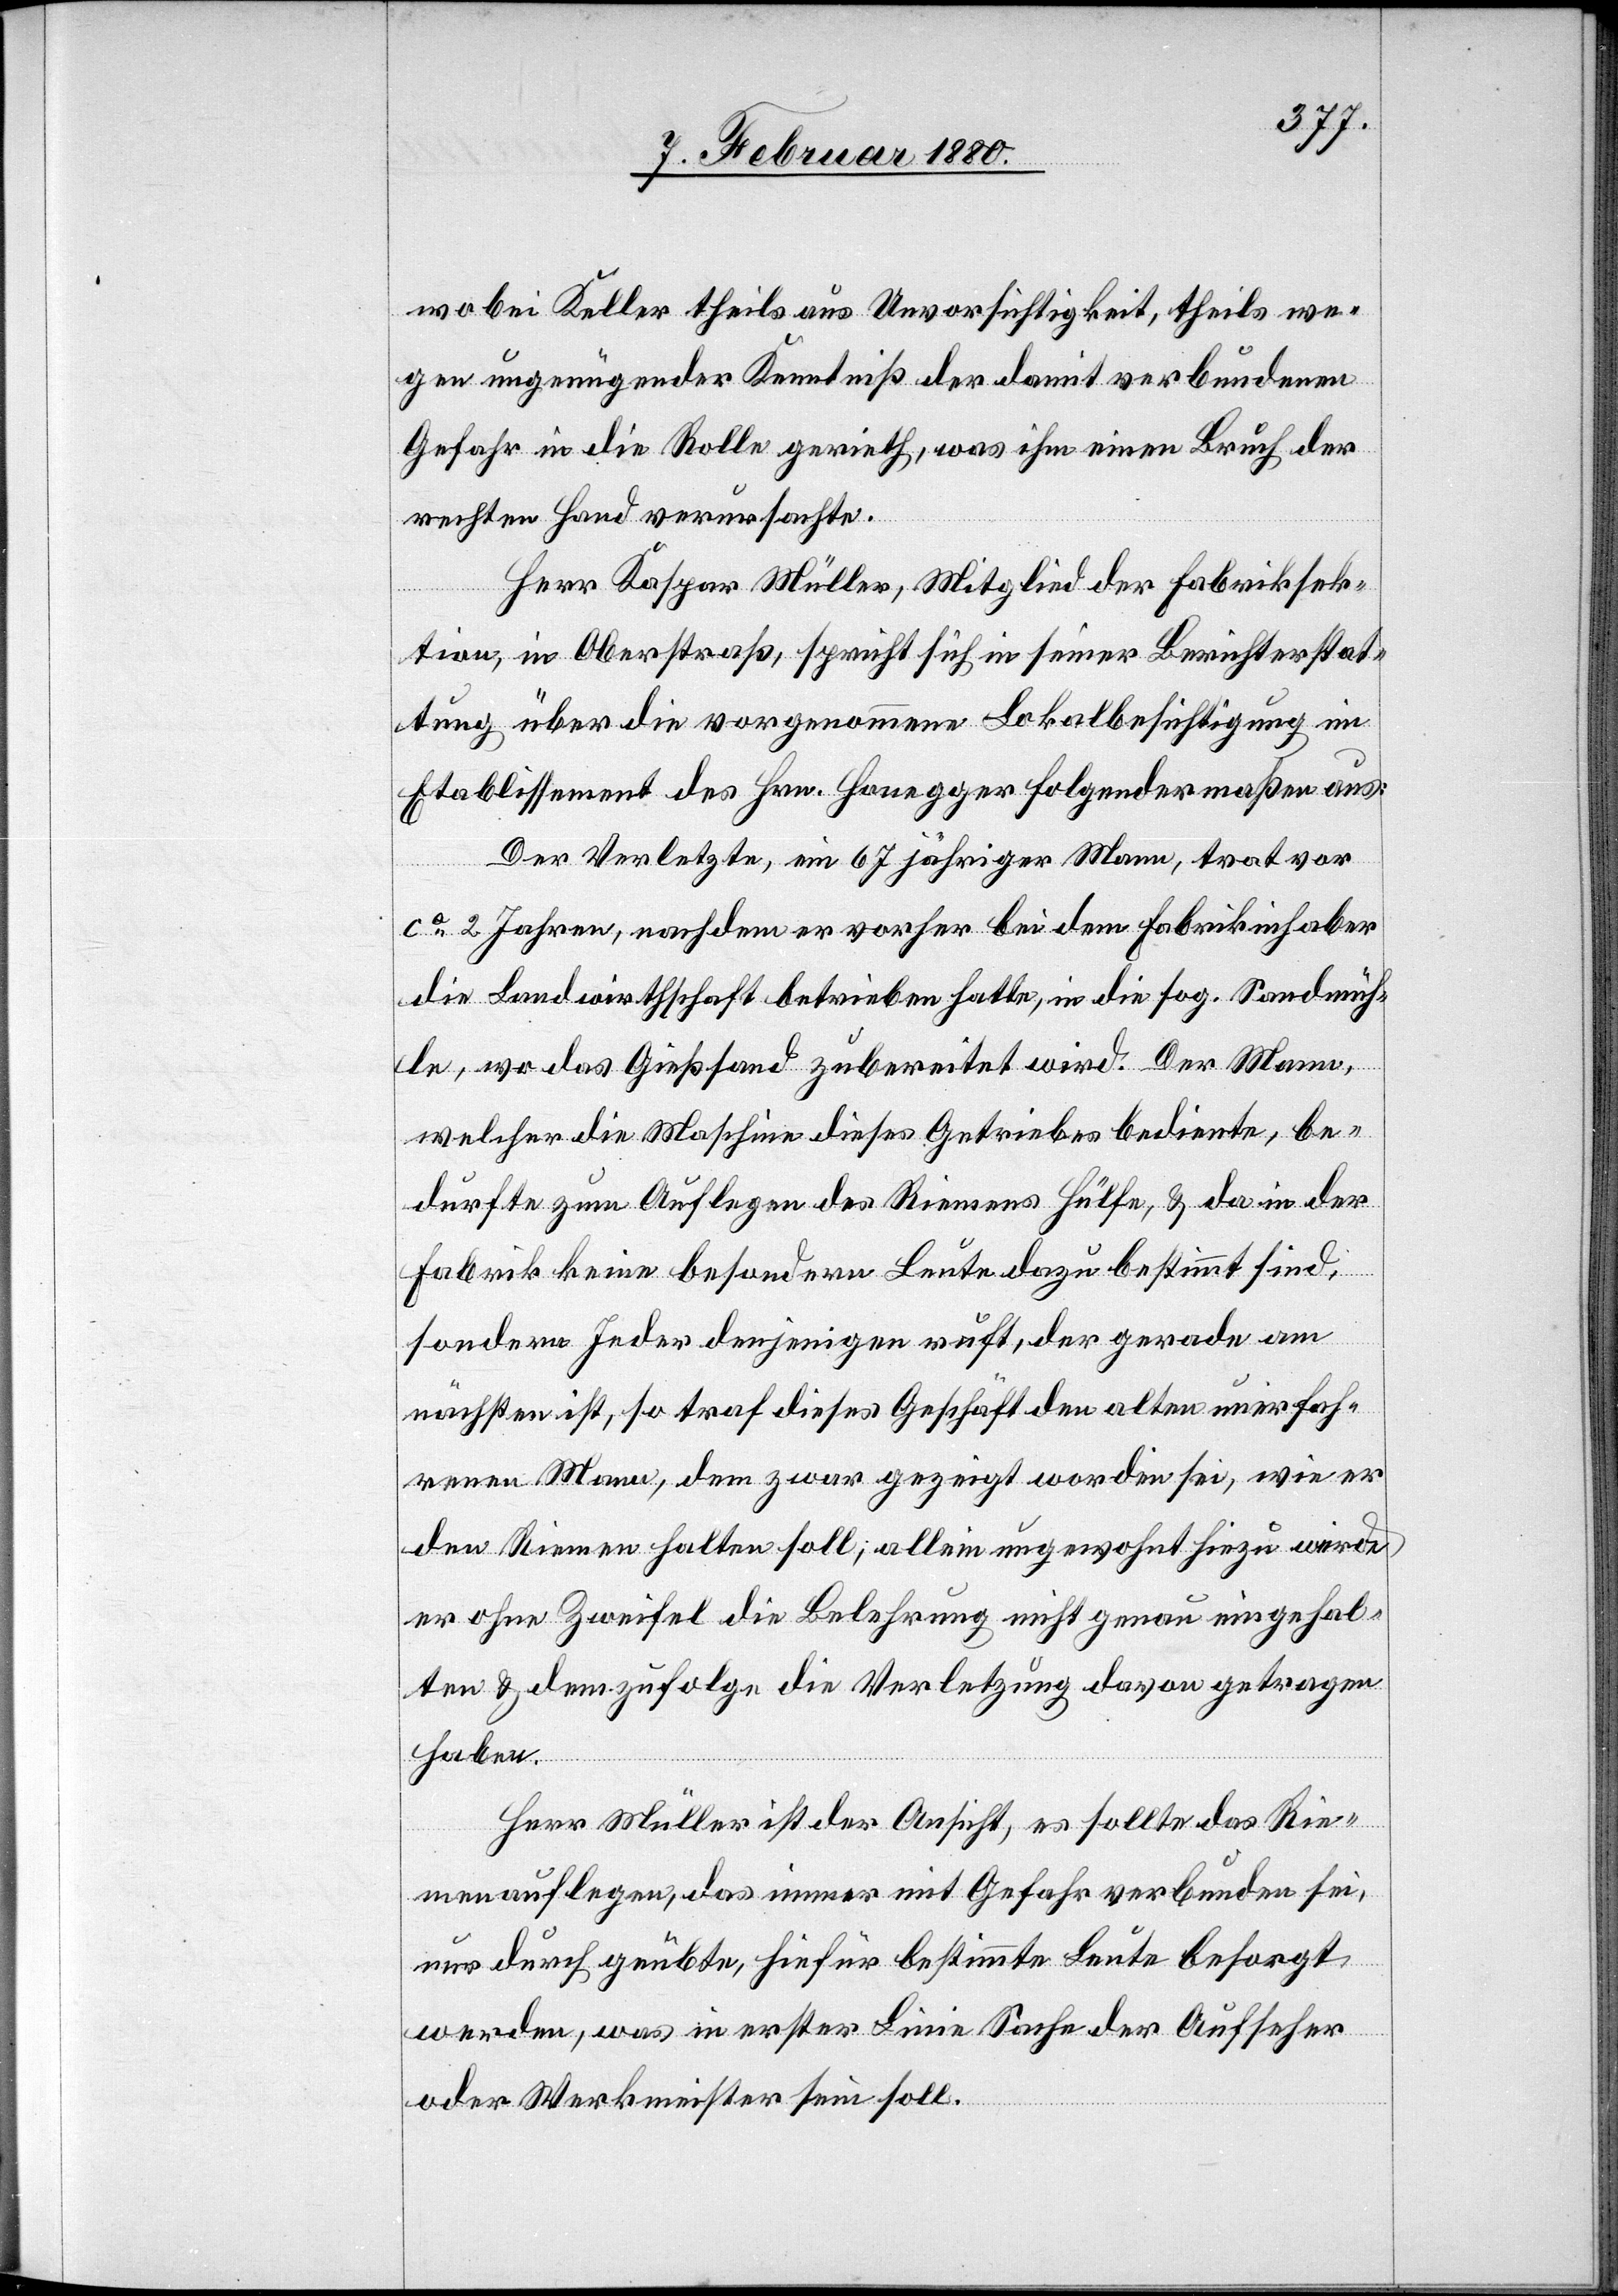
wobei Keller theils aus Unvorsichtigkeit, theils we¬
gen ungenügender Kenntniß der damit verbundenen
Gefahr in die Rolle gerieth, was ihm einen Bruch der
rechten Hand verursachte.
Herr Kaspar Müller, Mitglied der Fabriksek¬
tion, in Oberstraß, spricht sich in seiner Berichterstat¬
tung über die vorgenommene Lokalbesichtigung im
Etablissement des Hrn. Honegger folgendermaßen aus:
Der Verletzte, ein 67 jähriger Mann, trat vor
ca 2 Jahren, nachdem er vorher bei dem Fabrikinhaber
die Landwirthschaft betrieben hatte, in die sog. Sandmüh¬
le, wo das Gießsand zubereitet wird. Der Mann,
welcher die Maschine dieses Getriebes bediente, be¬
durfte zum Auflegen des Riemens Hülfe & da in der
Fabrik keine besondern Leute dazu bestimmt sind,
sondern Jeder denjenigen ruft, der gerade am
nächsten ist, so traf dieses Geschäft den alten unerfah¬
renen Mann, dem zwar gezeigt worden sei, wie er
den Riemen halten soll; allein ungewohnt hiezu werde
er ohne Zweifel die Belehrung nicht genau eingehal¬
ten & demzufolge die Verletzung davon getragen
haben.
Herr Müller ist der Ansicht, es sollte das Rie¬
menauflegen, das immer mit Gefahr verbunden sei,
nur durch geübte, hiefür bestimmte Leute besorgt
werden, was in erster Linie Sache der Aufseher
oder Werkmeister sein soll.